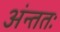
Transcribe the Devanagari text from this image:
अंन्ततः